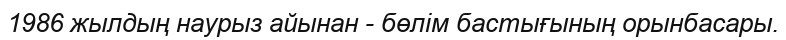
1986 жылдың наурыз айынан - бөлім бастығының орынбасары.